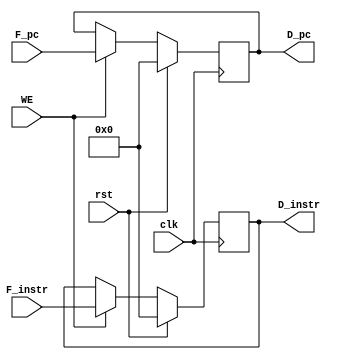
module D_REG (
    input clk,
    input rst,
    input WE,
    input [31:0] F_instr,
    input [31:0] F_pc,
    output reg [31:0] D_instr,
    output reg [31:0] D_pc
    );

    always @(posedge clk) begin
        if(rst) begin
            D_instr <= 0;
            D_pc <= 0;
        end else if(WE) begin
            D_instr <= F_instr;
            D_pc <= F_pc;
        end
    end
    
endmodule